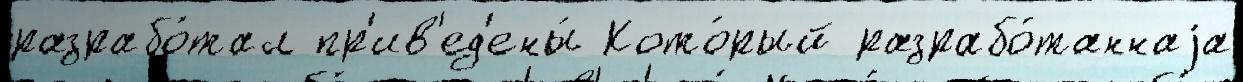
разрабо́тал пр'ив'ед'ены́ Кото́рый разрабо́таннаjа